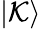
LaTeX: |\mathcal{K}\rangle